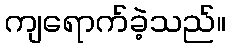
ကျရောက်ခဲ့သည်။